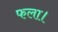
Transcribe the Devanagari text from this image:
फला।